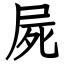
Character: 屍